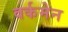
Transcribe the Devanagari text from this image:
वर्कमेन